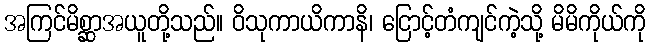
အကြင်မိစ္ဆာအယူတို့သည်။ ဝိသုကာယိကာနိ၊ ငြောင့်တံကျင်ကဲ့သို့ မိမိကိုယ်ကို